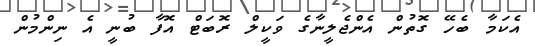
އެކަމާ ބެހޭ ގޮތުން އެންޖެލީނާގެ ވަކީލް ރޮބަޓް އޮފާ ބުނީ އެ ނިންމުން